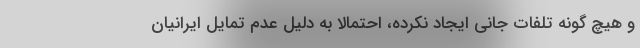
و هیچ گونه تلفات جانی ایجاد نکرده، احتمالاً به دلیل عدم تمایل ایرانیان